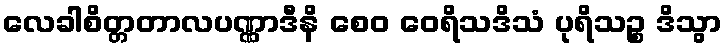
လေခါစိတ္တတာလပဏ္ဏာဒီနိ စေဝ ဝေရိသဒိသံ ပုရိသဉ္စ ဒိသွာ